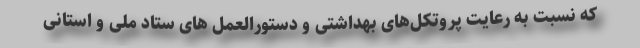
که نسبت به رعایت پروتکل‌های بهداشتی و دستورالعمل های ستاد ملی و استانی